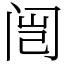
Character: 闿